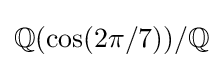
{\textstyle \mathbb {Q} (\cos(2\pi /7))/\mathbb {Q} }